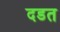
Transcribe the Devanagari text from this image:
दडत